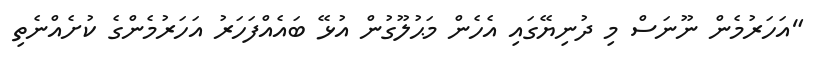
"އަހަރުމެން ނޫނަސް މި ދުނިޔޭގައި އެހެން މަޙުލޫގުން އުޅޭ ބައެއްފަހަރު އަހަރުމެންގެ ކުށެއްނެތި